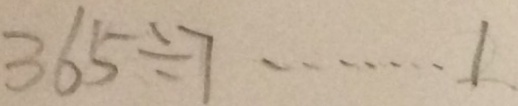
3 6 5 \div 7 \cdots 1 .